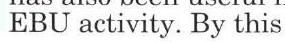
EBU activity. By this